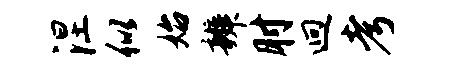
涅似始辨肘迥考